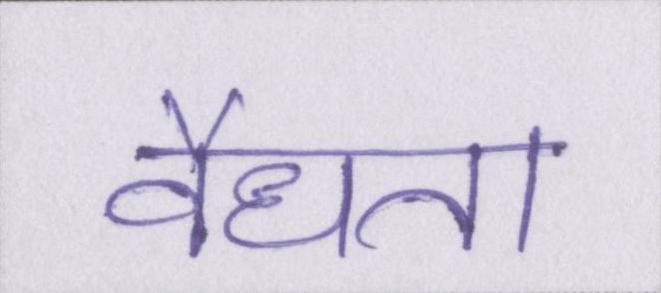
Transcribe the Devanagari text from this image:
वैधता